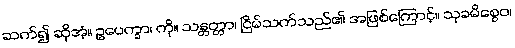
ဆက်၍ ဆိုအံ့။ ဥပေက္ခာ၊ ကို။ သန္တတ္တာ၊ ငြိမ်သက်သည်၏ အဖြစ်ကြောင့်။ သုခမိစ္စေဝ၊